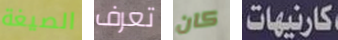
الصيغة تعرف كان كارنيهات